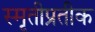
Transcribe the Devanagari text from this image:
स्मृतीप्रतीक